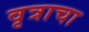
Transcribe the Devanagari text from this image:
वृत्राचा